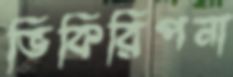
ভিকিরিপনা